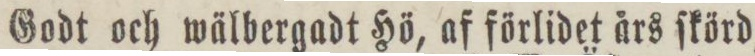
Godt och wälbergadt Hö, af förlidet års ſkörd,